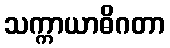
သက္ကာယာဓိဂတာ